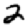
Digit: 2